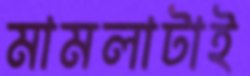
মামলাটাই